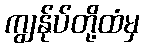
ကျွန်ုပ်တို့ထံမှ